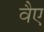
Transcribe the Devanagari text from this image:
वैए